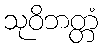
သုဝိဘတ္တံ